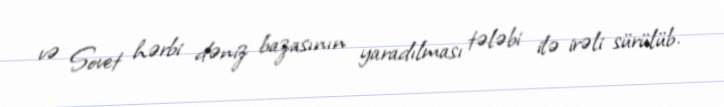
və Sovet hərbi dəniz bazasının yaradılması tələbi ilə irəli sürülüb.